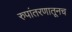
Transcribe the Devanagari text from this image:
रुपांतरणातूनच